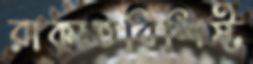
রাকাতবিশিষ্ট